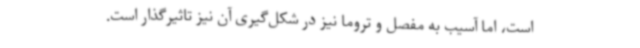
است، اما آسیب به مفصل و تروما نیز در شکل‌گیری آن نیز تاثیرگذار است.